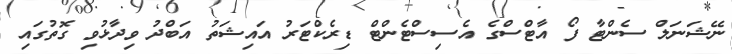
ނޭޝަނަލް ސެންޓާ ފޯ އާޓްސްގެ އެސިސްޓެންޓް ޑިރެކްޓަރު އައިޝަތު އަބްދު ވިދާޅުވި ގޮތުގައި